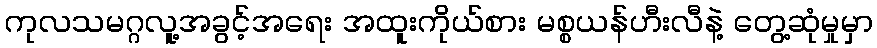
ကုလသမဂ္ဂလူ့အခွင့်အရေး အထူးကိုယ်စား မစ္စယန်ဟီးလီနဲ့ တွေ့ဆုံမှုမှာ